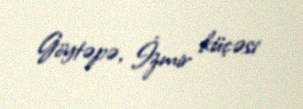
Göytəpə, İzmir küçəsi